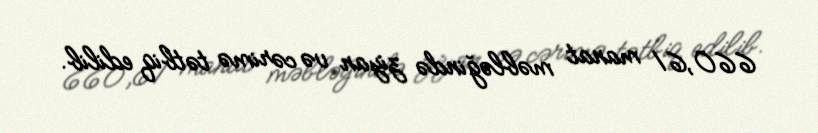
660,61 manat məbləğində ziyan və cərimə tətbiq edilib.